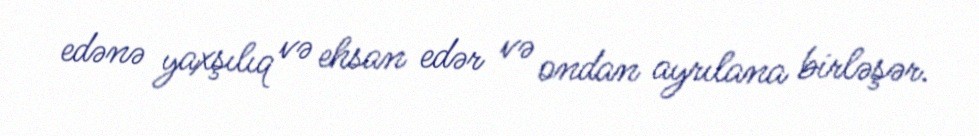
edənə yaxşılıq və ehsan edər və ondan ayrılana birləşər.